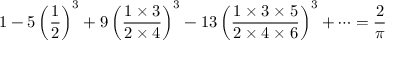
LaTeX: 1 - 5 \left( { \frac { 1 } { 2 } } \right) ^ { 3 } + 9 \left( { \frac { 1 \times 3 } { 2 \times 4 } } \right) ^ { 3 } - 1 3 \left( { \frac { 1 \times 3 \times 5 } { 2 \times 4 \times 6 } } \right) ^ { 3 } + \cdots = { \frac { 2 } { \pi } }